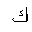
Letter: _kaf